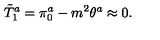
\tilde { T } _ { 1 } ^ { a } = \pi _ { 0 } ^ { a } - m ^ { 2 } \theta ^ { a } \approx 0 .